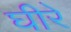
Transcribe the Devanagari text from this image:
घीरे